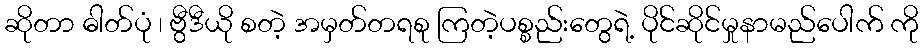
ဆိုတာ ဓါတ်ပုံ ၊ ဗွီဒီယို စတဲ့ အမှတ်တရစု ကြတဲ့ပစ္စည်းတွေရဲ့ ပိုင်ဆိုင်မှုနာမည်ပေါက် ကို